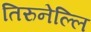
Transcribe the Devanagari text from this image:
तिरुनेल्लि